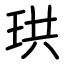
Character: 珙